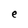
Character: e